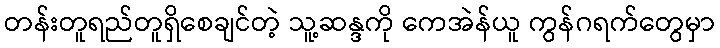
တန်းတူရည်တူရှိစေချင်တဲ့ သူ့ဆန္ဒကို ကေအဲန်ယူ ကွန်ဂရက်တွေမှာ